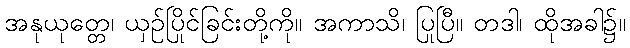
အနုယုတ္တေ၊ ယှဉ်ပြိုင်ခြင်းတို့ကို။ အကာသိ၊ ပြုပြီ။ တဒါ၊ ထိုအခါ၌။